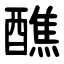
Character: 醮